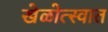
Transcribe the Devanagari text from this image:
खेळोत्स्वात